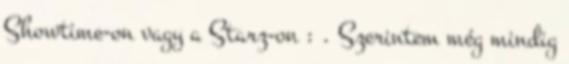
Showtime-on vagy a Starz-on : . Szerintem még mindig